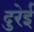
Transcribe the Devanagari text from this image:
दुरेई